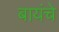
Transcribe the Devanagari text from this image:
बायंचे